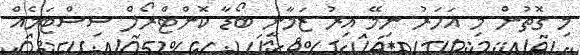
މި ގޮތުން މި އަހަރު ނިމޭ އިރު ޒަމާނީ ބޯޑާ ކޮންޓްރޯލް ސިސްޓަމެއް